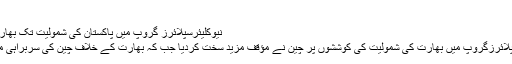
افغان ...
نیوکلیئرسپلائرز گروپ میں پاکستان کی شمولیت تک بھارت کی مخالفت جاری رہے گی، چین
June 9, 2016	ویانا: نیوکلیئرسپلائرزگروپ میں بھارت کی شمولیت کی کوششوں پر چین نے مؤقف مزید سخت کردیا جب کہ بھارت کے خلاف چین کی سربراہی میں 6 ملکی گروپ بھی سامنے آگیا ۔